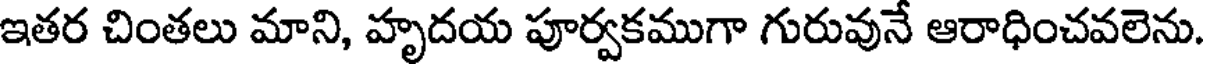
ఇతర చింతలు మాని, హృదయ పూర్వకముగా గురువునే ఆరాధించవలెను.